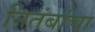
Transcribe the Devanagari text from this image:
नितंबांचा